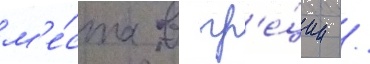
м'е́ста в гр'е́ции /